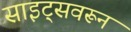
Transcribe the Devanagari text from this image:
साइट्सवरून